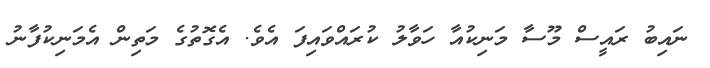
ނައިބު ރައީސް މޫސާ މަނިކުއާ ހަވާލު ކުރައްވައިފަ އެވެ. އެގޮތުގެ މަތިން އެމަނިކުފާނު